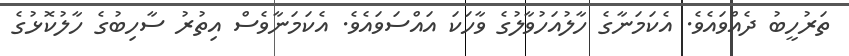
ތަރުހީބު ދެއްވައެވެ. އެކަމަނާގެ ހާލުއަހުވާލުގެ ވާހަކަ އައްސަވައެވެ. އެކަމަނާވެސް އިތުރު ސާހިބުގެ ހާލުކޮޅުގެ